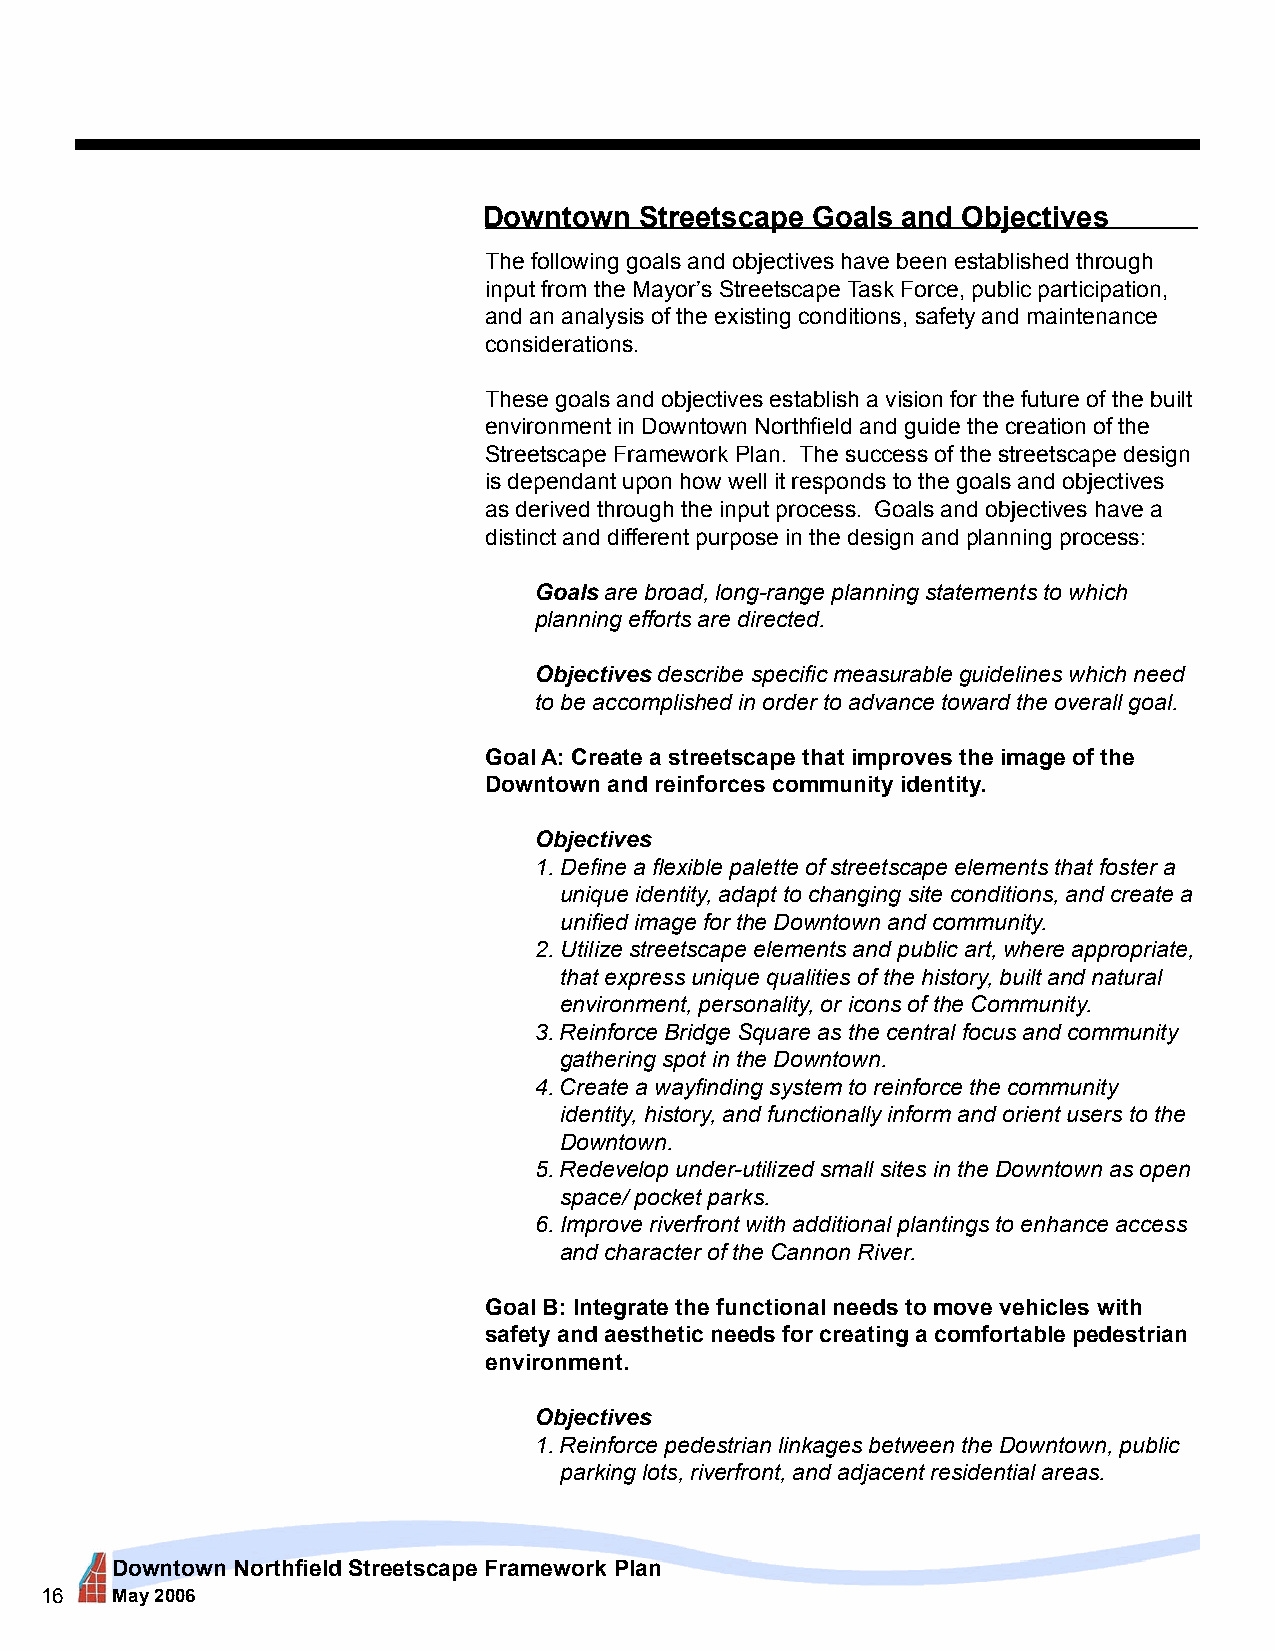
Downtown  Streetscape Goals and Objectives
 The following goals and objectives have been established through
 input from the Mayor’s Streetscape Task Force, public participation,
 and an analysis of the existing conditions, safety and maintenance
 considerations.
 These goals and objectives establish a vision for the future of the built
 environment in Downtown Northfield and guide the creation of the
 Streetscape Framework Plan. The success of the streetscape design
 is dependant upon how well it responds to the goals and objectives
 as derived through the input process. Goals and objectives have a
 distinct and different purpose in the design and planning process:
 Goals are broad, long-range planning statements to which
 planning efforts are directed.
 Objectives describe specific measurable guidelines which need
 to be accomplished in order to advance toward the overall goal.
 Goal A: Create a streetscape that improves the image of the
 Downtown and reinforces community identity.
 Objectives
 1. Define a flexible palette of streetscape elements that foster a
 unique identity, adapt to changing site conditions, and create a
 unified image for the Downtown and community.
 2. Utilize streetscape elements and public art, where appropriate,
 that express unique qualities of the history, built and natural
 environment, personality, or icons of the Community.
 3. Reinforce Bridge Square as the central focus and community
 gathering spot in the Downtown.
 4. Create a wayfinding system to reinforce the community
 identity, history, and functionally inform and orient users to the
 Downtown.
 5. Redevelop under-utilized small sites in the Downtown as open
 space/ pocket parks.
 6. Improve riverfront with additional plantings to enhance access
 and character of the Cannon River.
 Goal B: Integrate the functional needs to move vehicles with
 safety and aesthetic needs for creating a comfortable pedestrian
 environment.
 Objectives
 1. Reinforce pedestrian linkages between the Downtown, public
 parking lots, riverfront, and adjacent residential areas.
 Downtown Northfield Streetscape Framework Plan
 16  May 2006